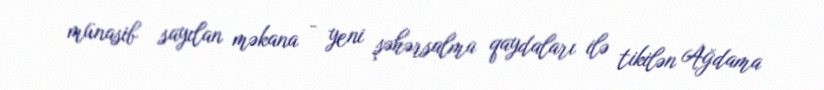
münasib sayılan məkana - yeni şəhərsalma qaydaları ilə tikilən Ağdama